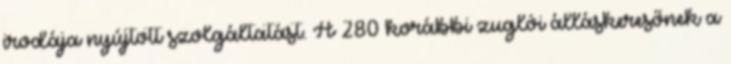
irodája nyújtott szolgáltatást. A 280 korábbi zuglói álláskeresőnek a